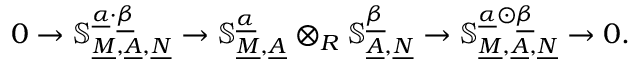
0 \to \mathbb { S } _ { \underline { { M } } , \underline { { A } } , \underline { { N } } } ^ { \underline { { \alpha } } \cdot \underline { { \beta } } } \to \mathbb { S } _ { \underline { { M } } , \underline { { A } } } ^ { \underline { { \alpha } } } \otimes _ { R } \mathbb { S } _ { \underline { { A } } , \underline { { N } } } ^ { \underline { { \beta } } } \to \mathbb { S } _ { \underline { { M } } , \underline { { A } } , \underline { { N } } } ^ { \underline { { \alpha } } \odot \underline { { \beta } } } \to 0 .